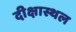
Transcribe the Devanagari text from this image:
दीक्षास्थल